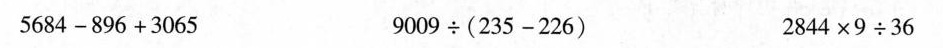
$$5 6 8 4 - 8 9 6 + 3 0 6 5$$ $$9009\div (2 3 5 - 2 2 6 )$$ $$2 8 4 4 \times 9 \div 3 6$$